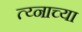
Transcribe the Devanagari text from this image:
त्य्नाच्या